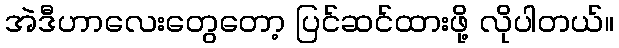
အဲဒီဟာလေးတွေတော့ ပြင်ဆင်ထားဖို့ လိုပါတယ်။